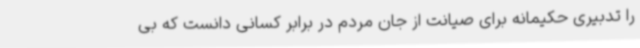
را تدبیری حکیمانه برای صیانت از جان مردم در برابر کسانی دانست که بی